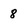
Character: 8